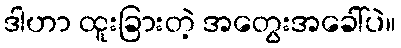
ဒါဟာ ထူးခြားတဲ့ အတွေးအခေါ်ပဲ။